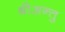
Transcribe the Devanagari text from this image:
श्रीअन्तु